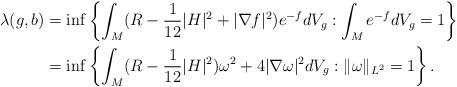
LaTeX: \begin{align*} \lambda(g,b)&=\inf \left\{\int_M (R-\frac{1}{12}|H|^2+|\nabla f|^2)e^{-f}dV_g: \int_M e^{-f}dV_g=1\right\} \\&=\inf\left\{\int_M (R-\frac{1}{12}|H|^2)\omega^2+4|\nabla \omega|^2dV_g: \|\omega\|_{L^2}=1\right\}.\end{align*}